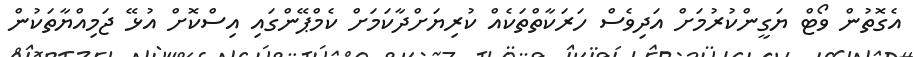
އެގޮތުން ވޯޓް ޔަގީންކުރުމަށް އަދިވެސް ހަރަކާތްތަކެއް ކުރިޔަށްދާކަމަށް ކެމްޕޭންގައި އިސްކޮށް އުޅޭ ޖަމިއްޔާތަކުން